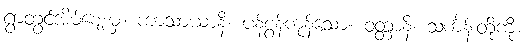
ရွာတွင်အိမ်ဈေးမှ။ ကာသာယာနိ၊ ပန်စွန့်ကုန်သော။ ဝတ္တာနိ၊ သင်္ကန်းတို့ကို။